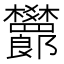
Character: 𬅙